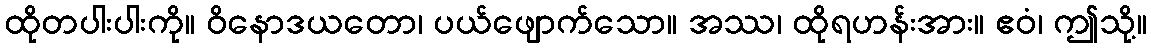
ထိုတပါးပါးကို။ ဝိနောဒယတော၊ ပယ်ဖျောက်သော။ အဿ၊ ထိုရဟန်းအား။ ဧဝံ၊ ဤသို့။